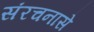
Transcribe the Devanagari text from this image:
संरचनासे